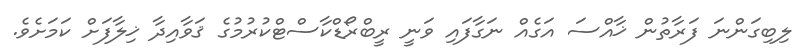
ލިބިގަންނަ ފަރާތުން ޚާއްސަ އަގެއް ނަގާފައި ވަނީ ރީބްރޯޑްކާސްޓްކުރުމުގެ ޤަވާއިދާ ޚިލާފަށް ކަމަށެވެ.